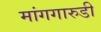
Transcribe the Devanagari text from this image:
मांगगारुडी